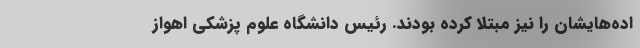
اده‌هایشان را نیز مبتلا کرده بودند. رئیس دانشگاه علوم پزشکی اهواز